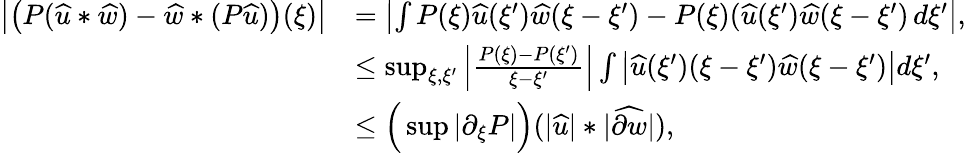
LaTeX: \begin{array}{rl}{\big|\big(P({\widehat{u}}*\widehat{w})-\widehat{w}*(P{\widehat{u}})\big)(\xi)\big|}&{=\left|\int P(\xi)\widehat{u}(\xi^{\prime})\widehat{w}(\xi-\xi^{\prime})-P(\xi)(\widehat{u}(\xi^{\prime})\widehat{w}(\xi-\xi^{\prime})\, d\xi^{\prime}\right|,}\\ &{\leq\operatorname*{sup}_{\xi,\xi^{\prime}}\left|\frac{P(\xi)-P(\xi^{\prime})}{\xi-\xi^{\prime}}\right|\int\big|\widehat{u}(\xi^{\prime})(\xi-\xi^{\prime})\widehat{w}(\xi-\xi^{\prime})\big|d\xi^{\prime},}\\ &{\leq\Big(\operatorname*{sup}|\partial_{\xi}P|\Big)(|{\widehat{u}}|*|\widehat{\partial w}|),}\end{array}